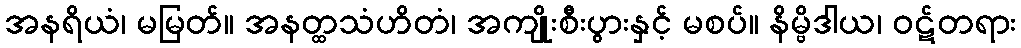
အနရိယံ၊ မမြတ်။ အနတ္ထသံဟိတံ၊ အကျိုးစီးပွားနှင့် မစပ်။ နိမ္ဗိဒါယ၊ ဝဋ်တရား